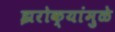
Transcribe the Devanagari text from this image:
झरोक्यांमुळे